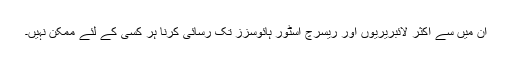
ان میں سے اکثر لائبریریوں اور ریسرچ اسٹور ہائوسزز تک رسائی کرنا ہر کسی کے لئے ممکن نہیں۔